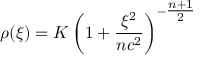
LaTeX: \rho ( \xi ) = K \left( 1 + \frac { \xi ^ { 2 } } { n c ^ { 2 } } \right) ^ { - \textstyle \frac { n + 1 } { 2 } }